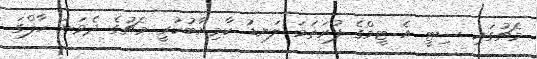
މެޗުގައި ސިޓީ އެ ޓީމްގެ ފުރަތަމަ ލަނޑު ކާމިޔާބުކުރީ މެޗުގެ ދެވަނަ ހާފްގަ